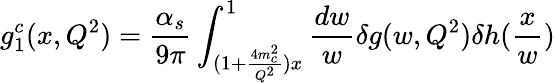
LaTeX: g_{1}^{c}(x,Q^{2})={\frac{\alpha_{s}}{9\pi}}\int_{(1+{\frac{4m_{c}^{2}}{Q^{2}}})x}^{1}{\frac{dw}{w}}\delta g(w,Q^{2})\delta h({\frac{x}{w}})